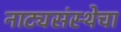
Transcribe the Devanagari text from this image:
नाट्यसंस्थेचा